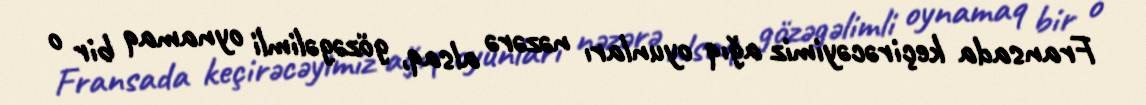
Fransada keçirəcəyimiz ağıq oyunları nəzərə alsaq, gözəgəlimli oynamaq bir o